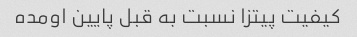
کیفیت پیتزا نسبت به قبل پایین اومده